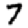
Digit: 7